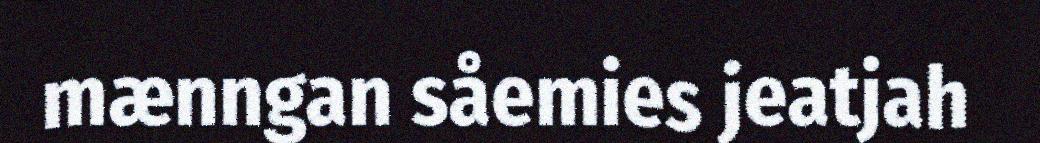
mænngan såemies jeatjah